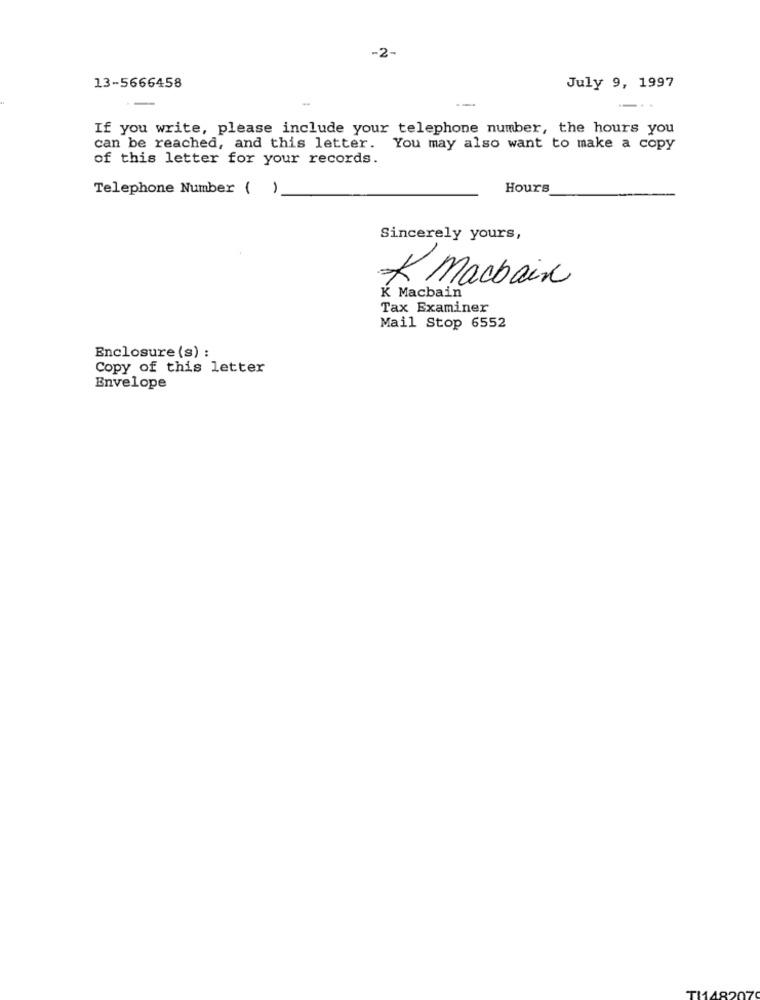
-2-
13-5666458
July 9, 1997
If you write, please include your telephone number, the hours you
can be reached, and this letter.
You may also want to make a copy
of this letter for your records.
Telephone Number ( )
Hours
Sincerely yours,
* Machain
K Macbain
Tax Examiner
Mail Stop 6552
Enclosure (s) :
Copy of this letter
Envelope